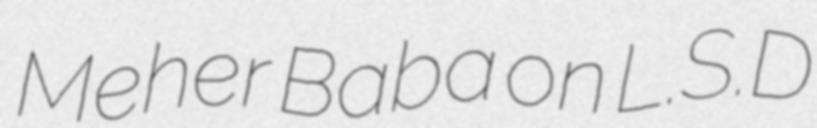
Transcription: Meher Baba on L.S.D